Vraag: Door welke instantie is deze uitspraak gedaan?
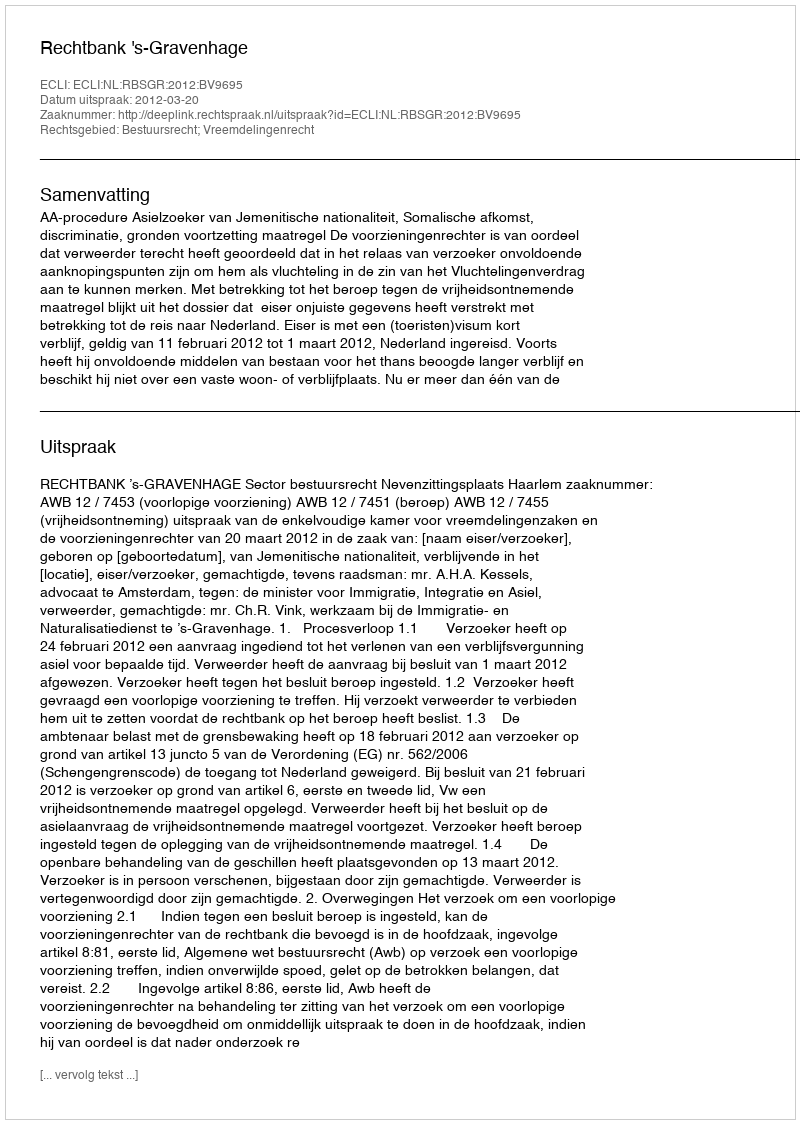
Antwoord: Rechtbank 's-Gravenhage